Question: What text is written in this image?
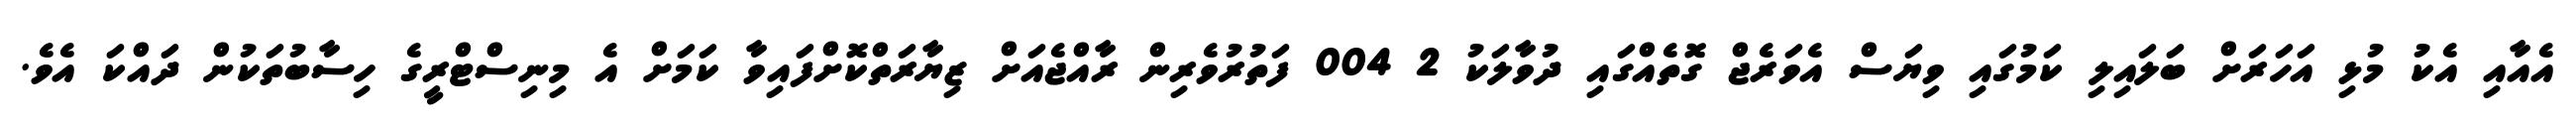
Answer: އެއާއި އެކު މުޅި އަހަރަށް ބަލައިލި ކަމުގައި ވިޔަސް އެވަރެޖް ގޮތެއްގައި ދުވާލަކު 2 004 ފަތުރުވެރިން ރާއްޖެއަށް ޒިޔާރަތްކޮށްފައިވާ ކަމަށް އެ މިނިސްޓްރީގެ ހިސާބުތަކުން ދައްކަ އެވެ.